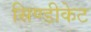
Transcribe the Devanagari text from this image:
सिण्डीकेट